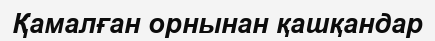
Қамалған орнынан қашқандар